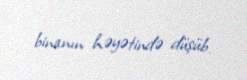
binanın həyətində düşüb.